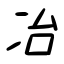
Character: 冶